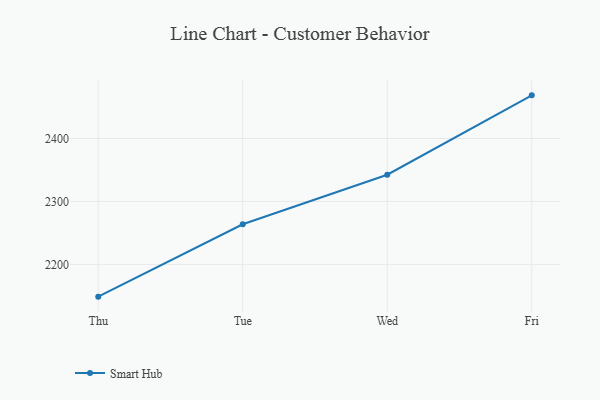
{"axis": {"x": "Day", "y": "Revenue (USD Million)"}, "legend": ["Smart Hub"], "data": [{"x": "Thu", "y": 2148.8, "type": "Smart Hub"}, {"x": "Tue", "y": 2263.8, "type": "Smart Hub"}, {"x": "Wed", "y": 2342.4, "type": "Smart Hub"}, {"x": "Fri", "y": 2468.5, "type": "Smart Hub"}]}